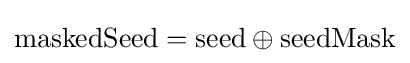
\mathrm {maskedSeed} =\mathrm {seed} \oplus \mathrm {seedMask}